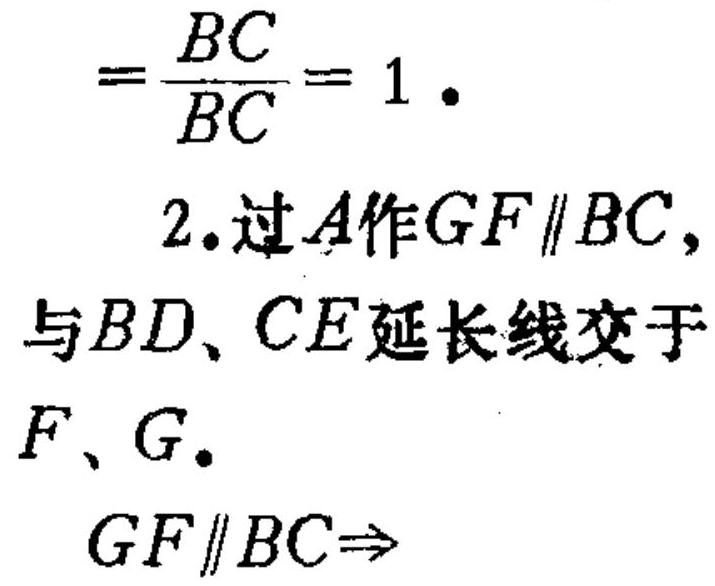
\[
=\frac{BC}{BC}=1 \cdot
\]
2. 过 \(A\) 作 \(GF\parallel BC\)，与 \(BD\)、\(CE\) 延长线交于 \(F\)、\(G\)。
\[
GF\parallel BC\Rightarrow
\]